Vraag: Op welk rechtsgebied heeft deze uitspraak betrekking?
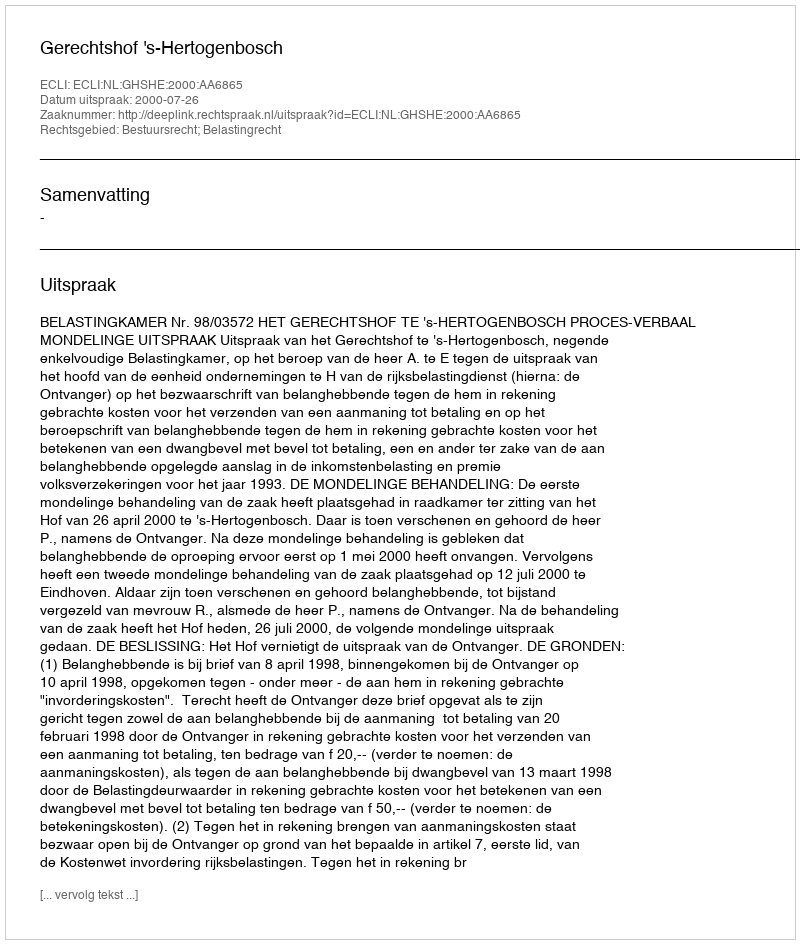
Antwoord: Bestuursrecht; Belastingrecht